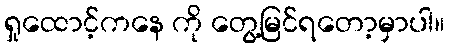
ရှုထောင့်ကနေ ကို တွေ့မြင်ရတော့မှာပါ။